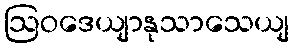
ဩဝဒေယျာနုသာသေယျ